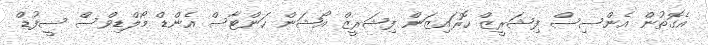
އެގޮތުން އެންސިސް ފިޝަރީޒް ހޮރައިޒަން ފިޝަރީޒް އޯޝަން ހަންޓާސް އެންޑް މޯލްޑިވްސް ސީފުޑް